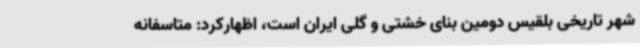
شهر تاریخی بلقیس دومین بنای خشتی و گلی ایران است، اظهارکرد: متاسفانه